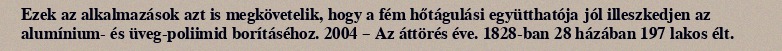
Ezek az alkalmazások azt is megkövetelik, hogy a fém hőtágulási együtthatója jól illeszkedjen az alumínium- és üveg-poliimid borításéhoz. 2004 – Az áttörés éve. 1828-ban 28 házában 197 lakos élt.